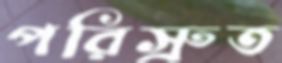
পরিস্রুত